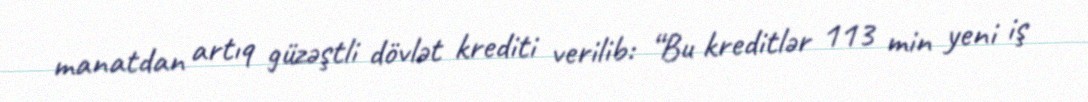
manatdan artıq güzəştli dövlət krediti verilib: “Bu kreditlər 113 min yeni iş